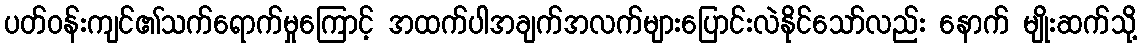
ပတ်ဝန်းကျင်၏သက်ရောက်မှုကြောင့် အထက်ပါအချက်အလက်များပြောင်းလဲနိုင်သော်လည်း နောက် မျိုးဆက်သို့